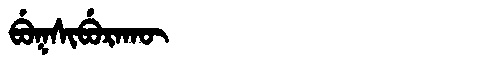
Manchu: ᠪᡠᡴᠰᡳᠪᡠᡵᠠᡴᡡ
Romanization: BUKSIBURAKŪ